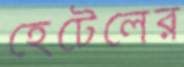
হেটেলের